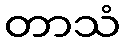
တာသံ